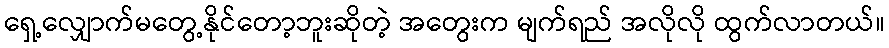
ရှေ့လျှောက်မတွေ့နိုင်တော့ဘူးဆိုတဲ့ အတွေးက မျက်ရည် အလိုလို ထွက်လာတယ်။